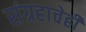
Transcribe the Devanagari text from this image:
संग्रहाचेही